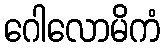
ဂေါလောမိကံ